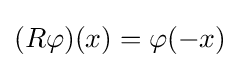
(R\varphi )(x)=\varphi (-x)